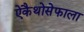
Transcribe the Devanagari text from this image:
ऐकैथोसेफाला